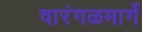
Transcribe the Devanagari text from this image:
वारंगळमार्गे